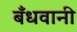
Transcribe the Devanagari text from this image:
बँधवानी